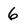
Character: 6